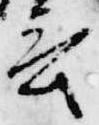
言